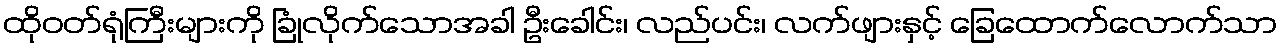
ထိုဝတ်ရုံကြီးများကို ခြုံလိုက်သောအခါ ဦးခေါင်း၊ လည်ပင်း၊ လက်ဖျားနှင့် ခြေထောက်လောက်သာ